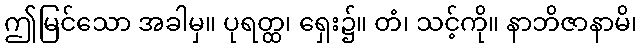
ဤမြင်သော အခါမှ။ ပုရတ္ထ၊ ရှေး၌။ တံ၊ သင့်ကို။ နာဘိဇာနာမိ၊